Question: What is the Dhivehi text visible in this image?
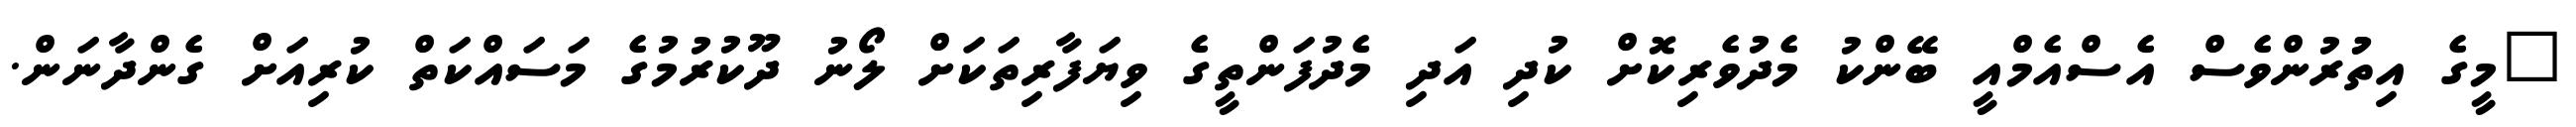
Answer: "މީގެ އިތުުރުންވެސް އެސްއެމްއީ ބޭންކު މެދުވެރިކޮށް ކުދި އަދި މެދުފަންތީގެ ވިޔަފާރިތަކަށް ލޯނު ދޫކުރުމުގެ މަސައްކަތް ކުރިއަށް ގެންދާނަން.